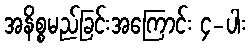
အနိစ္စမည်ခြင်းအကြောင်း ၄-ပါး